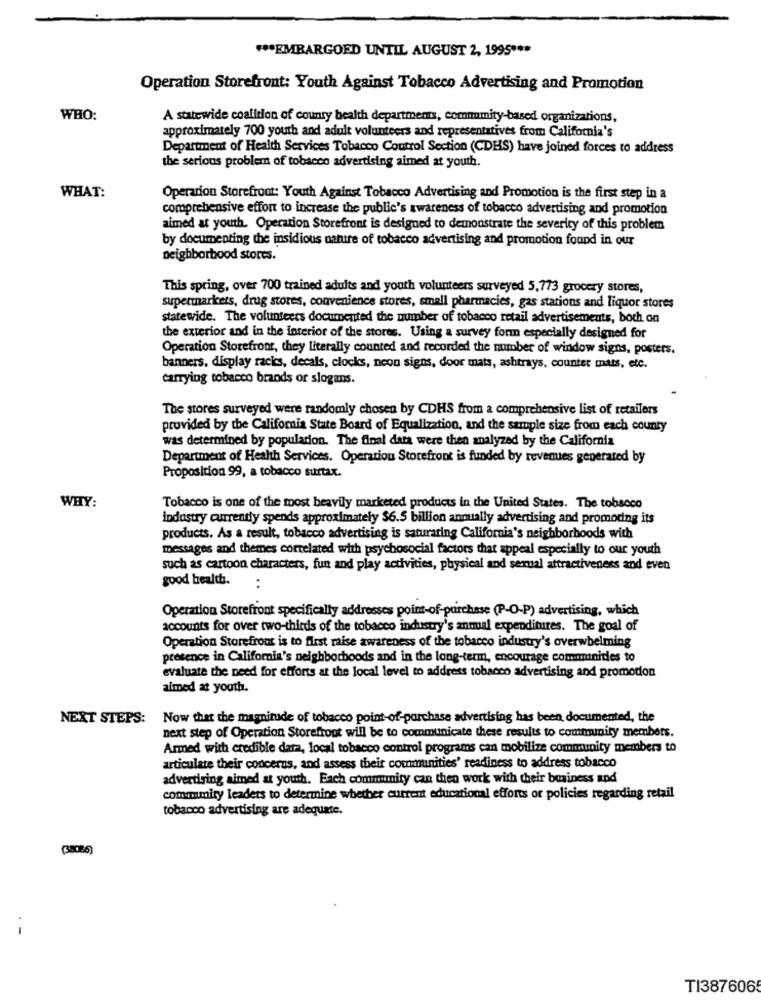
*** EMBARGOED UNTIL AUGUST 2, 1995 ***
Operation Storefront: Youth Against Tobacco Advertising and Promotion
WHO:
A statewide coalition of county health departments, comnumity-based organizations,
approximately 700 youth and adult volunteers and representatives from California's
Department of Health Services Tobacco Control Section (CDHS) have joined forces to address
the serious problem of tobacco advertising aimed at youth.
WHAT:
Operarion Storefront: Youth Against Tobacco Advertising and Promotion is the first step in a
comprehensive effort to increase the public's awareness of tobacco advertising and promotion
aimed at youth. Operation Storefront is designed to demonstrate the severity of this problem
by documenting the insidious nanire of tobacco advertising and promotion found in our
neighborhood stores.
This spring, over 700 trained adults and youth volunteers surveyed 5,773 grocery stores,
supermarkets, drug stores, convenience stores, small pharmacies, gas stations and liquor stores
statewide. The volunteers documented the number of tobacco retail advertisements, both on
the exterior and in the interior of the stores. Using a survey form especially designed for
Operation Storefront, they literally counted and recorded the number of window signs, posters.
banners, display racks, decals, clocks, neon signs, door mats, ashtrays, counter mats, etc.
carrying tobacco brands or slogans.
The stores surveyed were randomly chosen by CDHS from a comprehensive list of retailers
provided by the California State Board of Equalization, and the sample size from each county
was determined by population. The final data were then analyzed by the California
Department of Health Services. Operation Storefront is funded by revenues generated by
Proposition 99, a tobacco surtax.
WHY:
Tobacco is one of the most heavily marketed products in the United States. The tobacco
industry currently spends approximately $6.5 billion annually advertising and promoting its
products. As a result, tobacco advertising is saturaring California's neighborhoods with
messages and themes correlated with psychosocial factors that appeal especially to our youth
such as cartoon characters, fun and play activities, physical and sexual attractiveness and even
good health.
:
Operation Storefront specifically addresses point-of-purchase (P-O-P) advertising, which
accounts for over two-thirds of the tobacco industry's anmal expenditures. The goal of
Operation Storefront is to flest raise awareness of the tobacco industry's overwhelming
presence in California's neighborhoods and in the long-term, encourage communities to
evaluate the need for efforts at the local level to address tobacco advertising and promodon
aimed at youth.
NEXT STEPS:
Now that the magnitude of tobacco point-of-purchase advertising has been documented, the
next step of Operation Storefront will be to communicate these results to community members.
Armed with credible data, local tobacco control programs can mobilize community members to
articulate their concerns, and assess their communities' readiness to address tobacco
advertising aimed at youth. Each community can then work with their business and
community leaders to determine whether current educational efforts or policies regarding retail
tobacco advertising are adequate.
(38086)
TI3876065